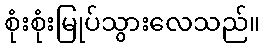
စုံးစုံးမြုပ်သွားလေသည်။